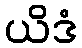
ယိဒံ